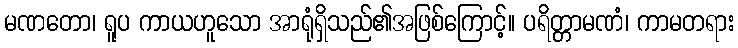
မဏတော၊ ရူပ ကာယဟူသော အာရုံရှိသည်၏အဖြစ်ကြောင့်။ ပရိတ္တာမဏံ၊ ကာမတရား